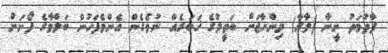
ފާތުމަތު ނީނާ (ލާރާ) މިންހާޖަށް ބަތީލުގެ ޚަބަރެއް ނުވެގެން އެންމެފަހުން ބަލްމާގެ ފޯނަށް